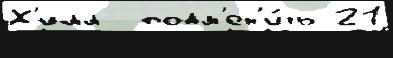
Х'илл  подм'ен'и́ть 21